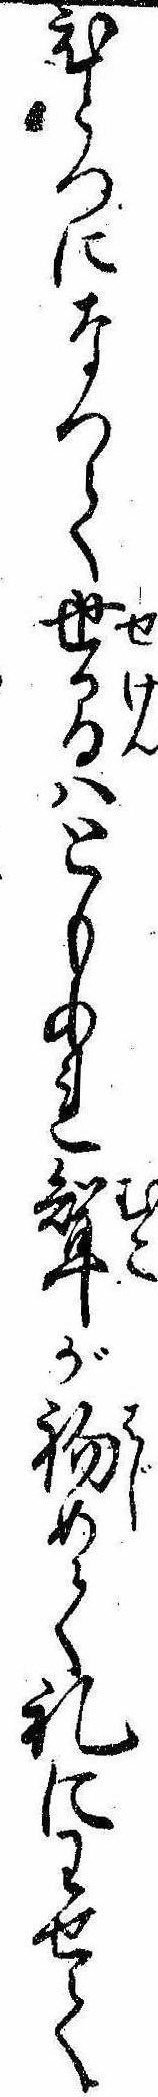
ひとつになつて世間はともあれ婿が初めて礼にわせて